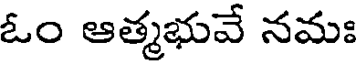
ఓం ఆత్మభువే నమః